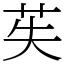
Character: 苵